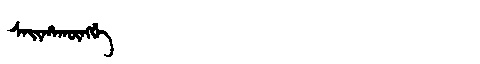
Manchu: ᠰᠠᡳᡥᠠᡴᡡᠩᡤᡝ
Romanization: SAIHAKŪNGGE